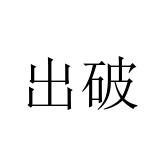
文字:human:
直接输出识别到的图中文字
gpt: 出破